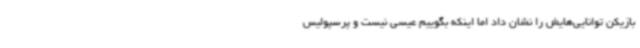
بازیکن توانایی‌هایش را نشان داد اما اینکه بگوییم عیسی نیست و پرسپولیس